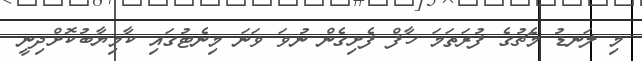
މި ލަނޑު މެޗުގެ ފުރަތަމަ ހާފް ފެށިގެން ނުވަ ވަނަ މިނެޓުގައި ކާމިޔާބުކޮށްދިނީ